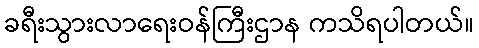
ခရီးသွားလာရေးဝန်ကြီးဌာန ကသိရပါတယ်။